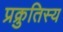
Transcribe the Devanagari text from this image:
प्रक्रुतिस्य